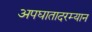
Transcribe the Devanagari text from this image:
अपघातादरम्यान